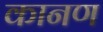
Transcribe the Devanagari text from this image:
कानण